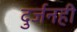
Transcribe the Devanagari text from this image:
दुर्जनही